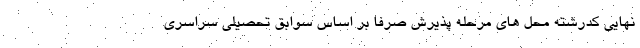
نهایی کدرشته محل های مرحله پذیرش صرفا بر اساس سوابق تحصیلی سراسری